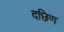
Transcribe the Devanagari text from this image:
दछिण